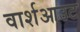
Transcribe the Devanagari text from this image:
वार्शआउट